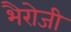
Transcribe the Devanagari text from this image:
भैरोजी